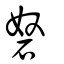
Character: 砮